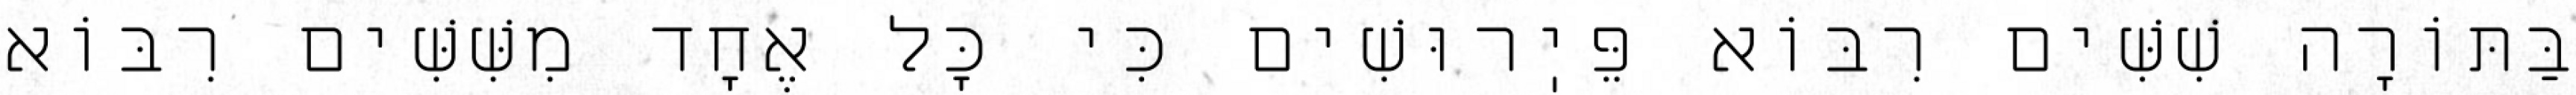
בַּתּוֹרָה שִׁשִּׁים רִבּוֹא פֵּיֽרוּשִׁים כִּי כׇּל אֶחָד מִשִּׁשִּׁים רִבּוֹא